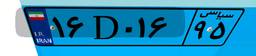
۱۶D۰۱۶۹۵